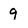
Character: 9